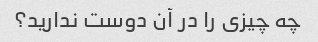
چه چیزی را در آن دوست ندارید؟